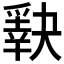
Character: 𰠈